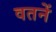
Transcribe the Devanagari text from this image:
वतनें